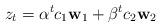
LaTeX: \begin{align*}z_t=\alpha^t c_1\mathbf{w}_1+\beta^t c_2\mathbf{w}_2\end{align*}